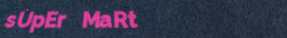
sUpEr MaRt